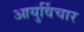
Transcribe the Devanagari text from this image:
आयुर्विचार